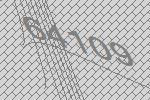
64109